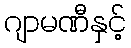
ဂျာမဏီနှင့်